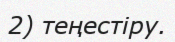
2) теңестіру.